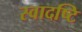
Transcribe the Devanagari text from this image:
स्वादष्टि